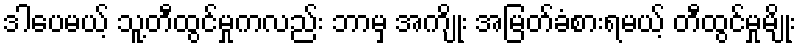
ဒါပေမယ့် သူ့တီထွင်မှုကလည်း ဘာမှ အကျိုး အမြတ်ခံစားရမယ့် တီထွင်မှုမျိုး